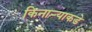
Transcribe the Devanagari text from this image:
किनाऱ्याकडे